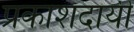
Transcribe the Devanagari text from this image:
प्रकाशदायी